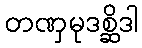
တဏှမုဒစ္ဆိဒါ